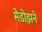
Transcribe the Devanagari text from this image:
मेडोझने